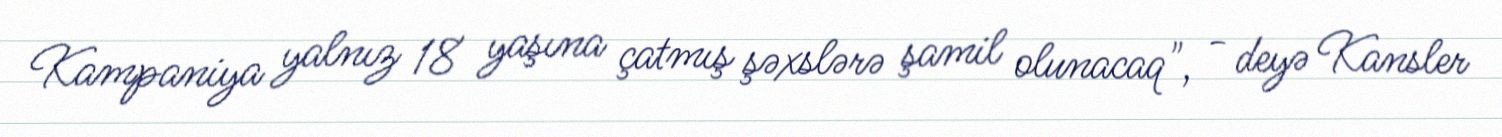
Kampaniya yalnız 18 yaşına çatmış şəxslərə şamil olunacaq", - deyə Kansler